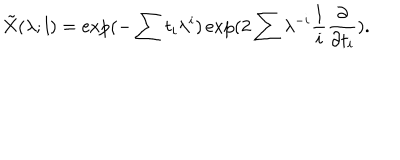
LaTeX: \tilde { X } ( \lambda ; l ) = \exp ( - \sum t _ { i } \lambda ^ { i } ) \exp ( 2 \sum \lambda ^ { - i } \frac { 1 } { i } \frac { \partial } { \partial t _ { i } } ) .